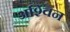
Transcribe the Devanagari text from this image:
अश्‍िवन